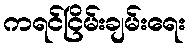
ကရင်ငြိမ်းချမ်းရေး